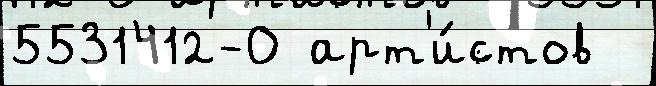
5531412-0 арт'и́стов